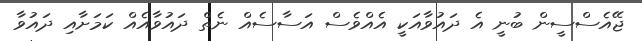
ޖޭއެސްސީން ބުނީ އެ ދައުވާއަކީ އެއްވެސް އަސާސެއް ނެތް ދައުވާއެއް ކަމަށާއި ދައުވާ